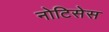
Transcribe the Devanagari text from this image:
नोटिसेस